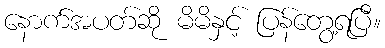
နောက်အပတ်ဆို မိမိနှင့် ပြန်တွေ့ရပြီ။